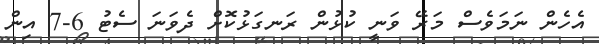
އެހެން ނަމަވެސް މަރޭ ވަނީ ކުޅުން ރަނގަޅުކޮށް ދެވަނަ ސެޓު 6-7 އިން